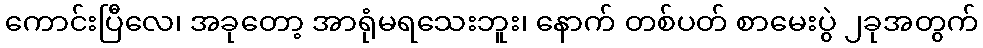
ကောင်းပြီလေ၊ အခုတော့ အာရုံမရသေးဘူး၊ နောက် တစ်ပတ် စာမေးပွဲ ၂ခုအတွက်